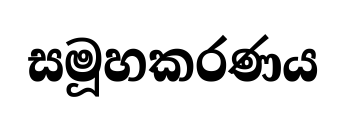
සමූහකරණය